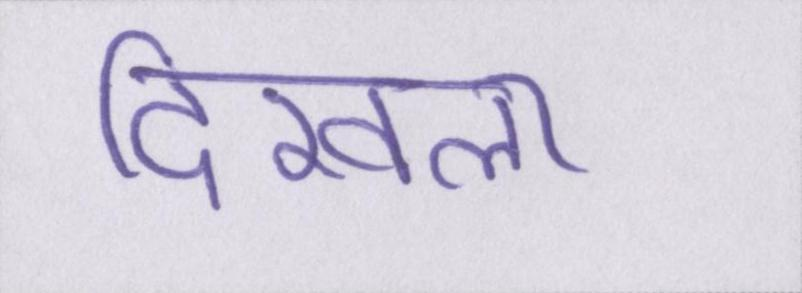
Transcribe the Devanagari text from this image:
दिखला